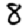
Digit: 8